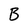
Character: B